Senior Leaving Certificate Examination (including Day School Certificate (Higher) General paper), 1947
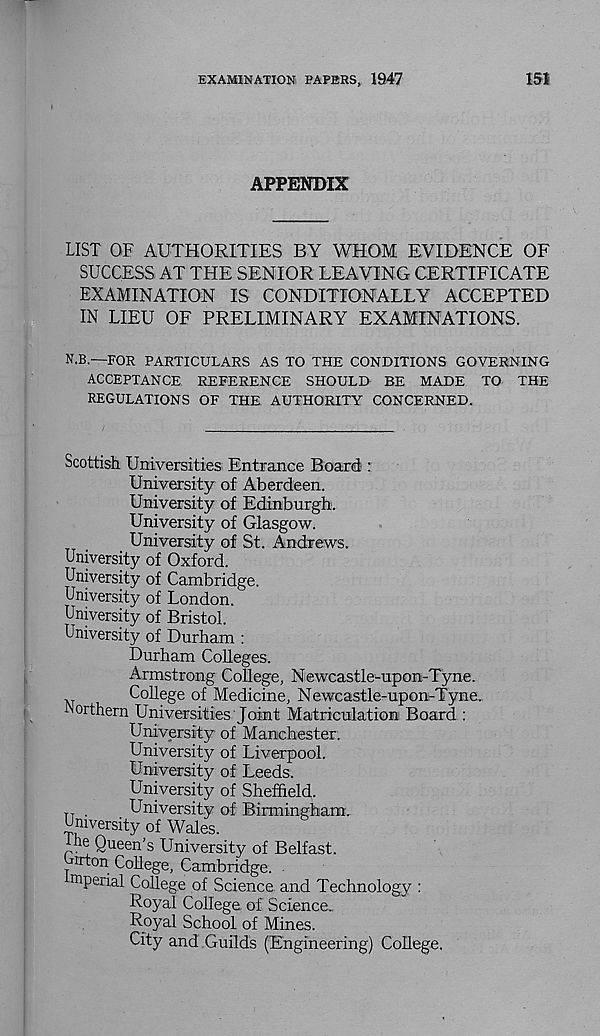
EXAMINATION PAPERS, 1947
151
APPENDIX
LIST OF AUTHORITIES BY WHOM EVIDENCE OF
SUCCESS AT THE SENIOR LEAVING CERTIFICATE
EXAMINATION IS CONDITIONALLY ACCEPTED
IN LIEU OF PRELIMINARY EXAMINATIONS.
N.B.—FOR PARTICULARS AS TO THE CONDITIONS GOVERNING
ACCEPTANCE REFERENCE SHOULD BE MADE TO THE
REGULATIONS OF THE AUTHORITY CONCERNED.
Scottish Universities Entrance Board :
University of Aberdeen.
University of Edinburgh.
University of Glasgow.
University of St. Andrews.
University of Oxford.
University of Cambridge.
University of London.
University of Bristol.
University of Durham :
Durham Colleges.
Armstrong College, Newcastle-upon-Tyne.
College of Medicine, Newcastle-upon-Tyne.
JNorthern Universities Joint Matriculation Board :
University of Manchester.
University of Liverpool.
University of Leeds.
University of Sheffield.
University of Birmingham.
University of Wales.
Ine Queen’s University of Belfast,
irton College, Cambridge.
m peiial College of Science and Technology :
Royal College of Science.
Royal School of Mines.
City and Guilds (Engineering) College,